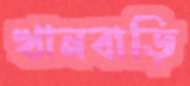
খানবাড়ি